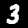
Digit: 3